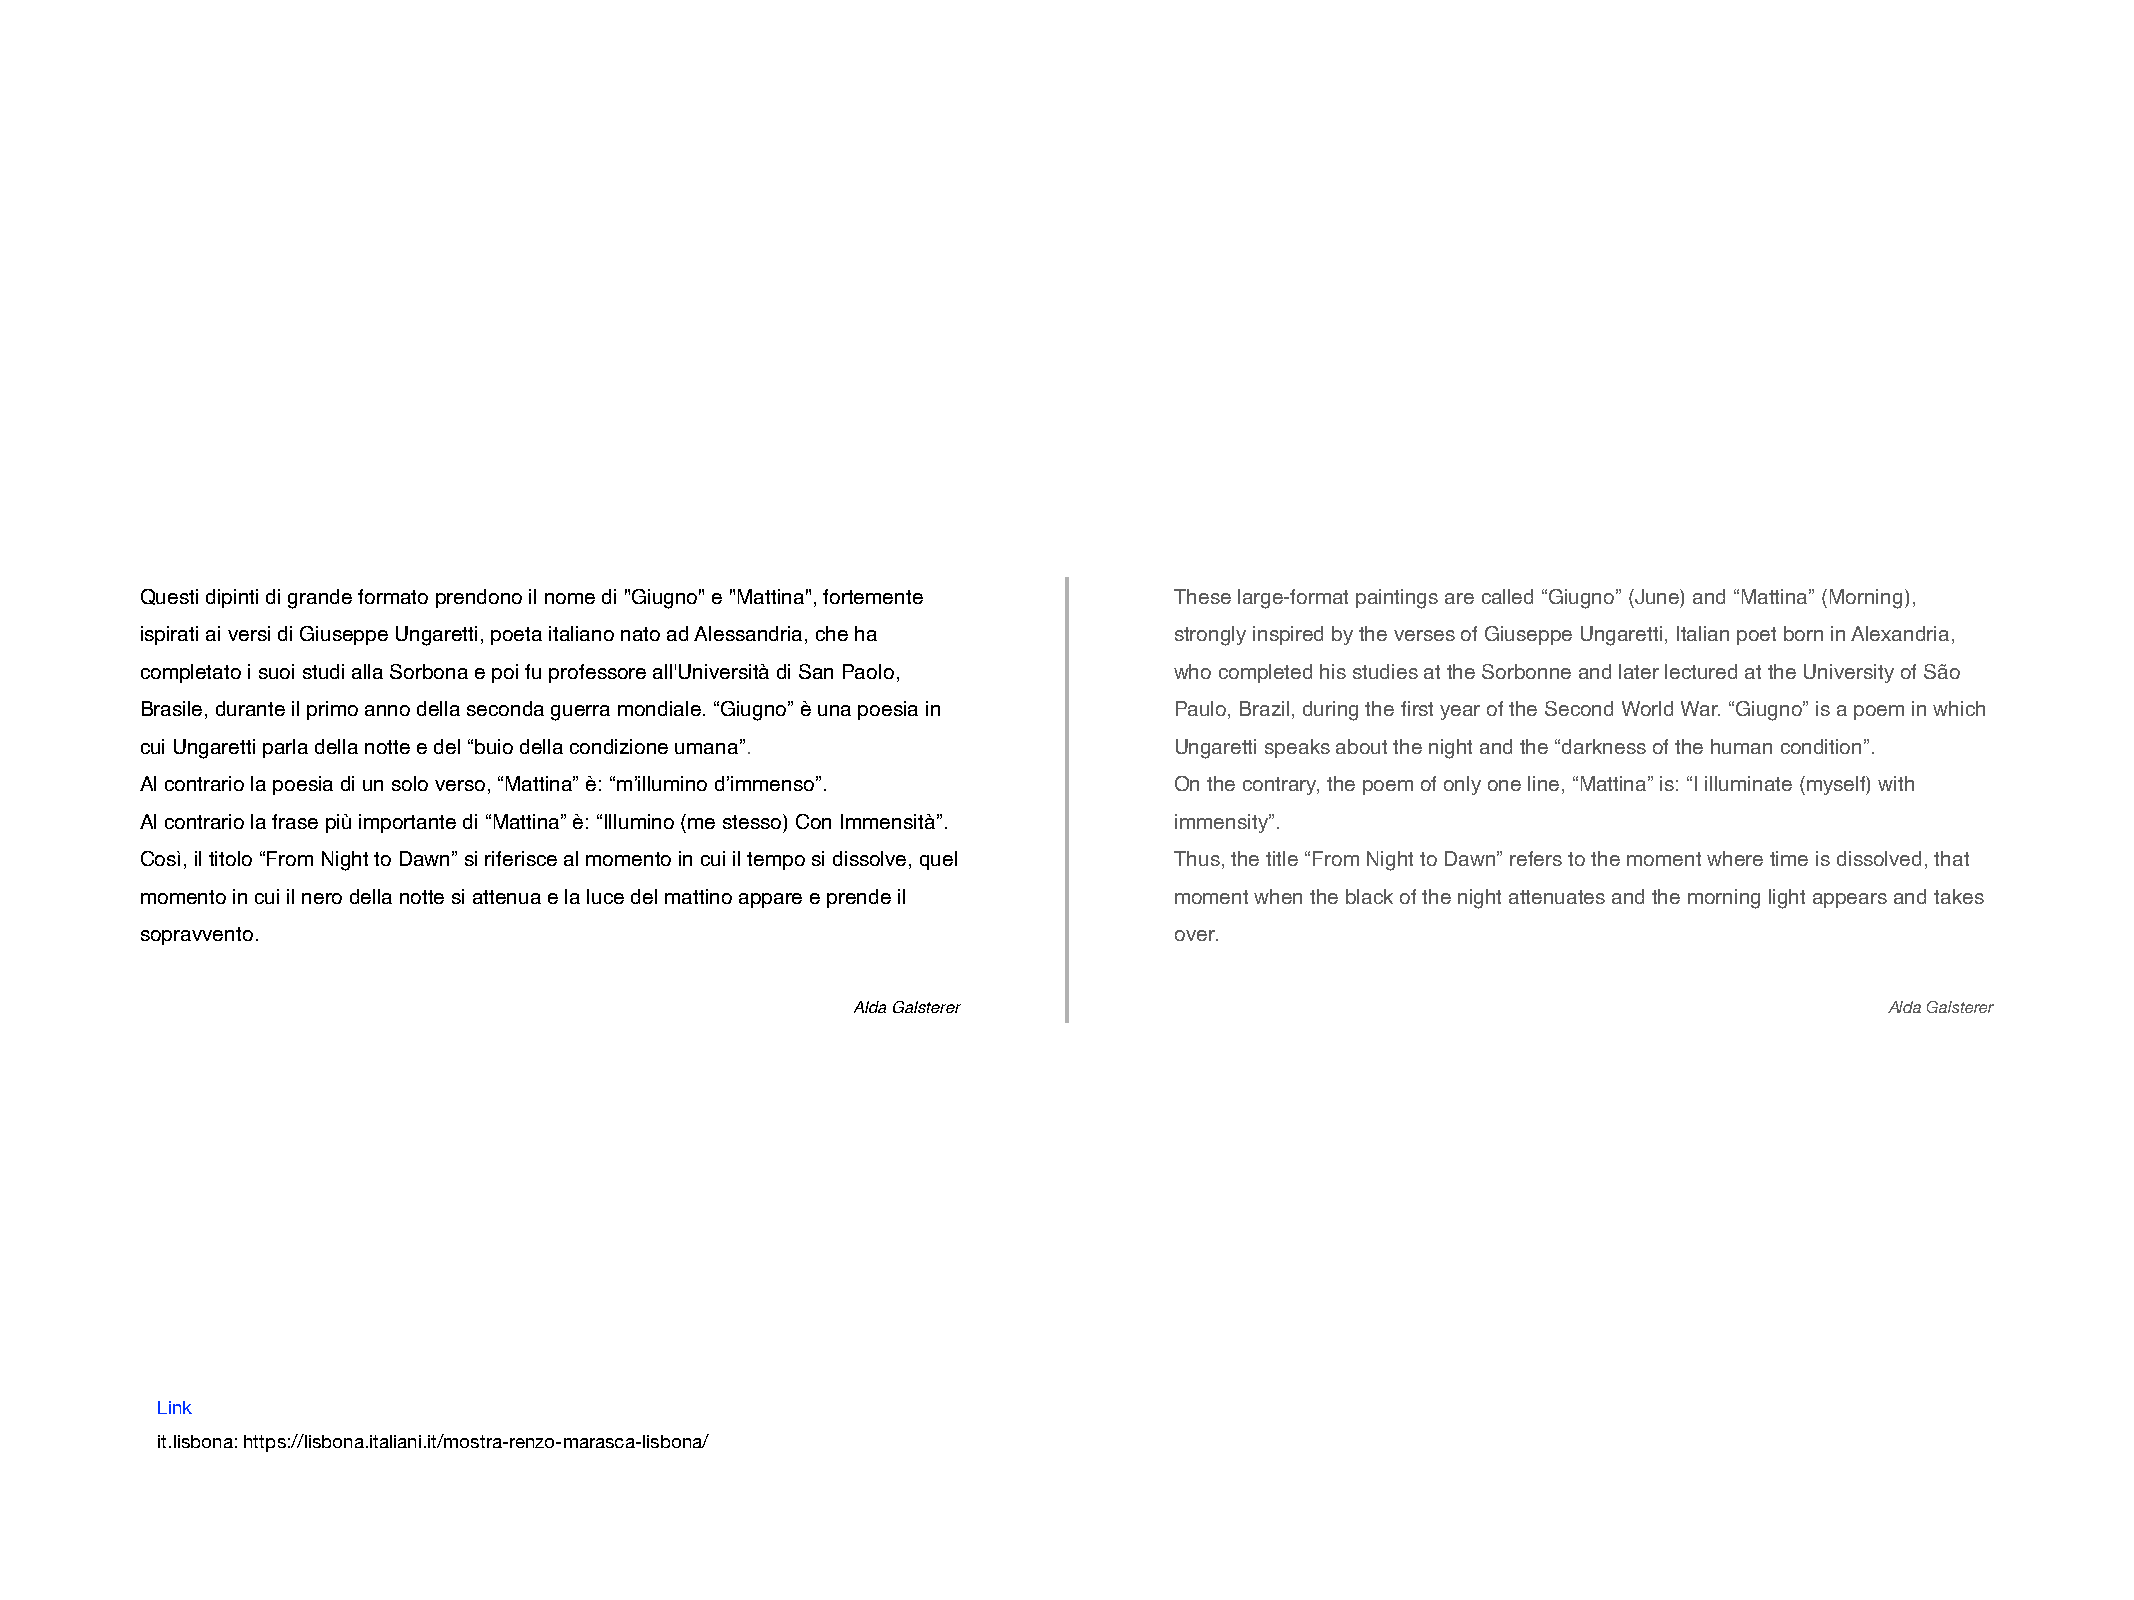
Questi dipinti di grande formato prendono il nome di "Giugno" e "Mattina", fortemente These large-format paintings are called “Giugno” (June) and “Mattina” (Morning),
 ispirati ai versi di Giuseppe Ungaretti, poeta italiano nato ad Alessandria, che ha strongly inspired by the verses of Giuseppe Ungaretti, Italian poet born in Alexandria,
 completato i suoi studi alla Sorbona e poi fu professore all'Università di San Paolo, who completed his studies at the Sorbonne and later lectured at the University of São
 Brasile, durante il primo anno della seconda guerra mondiale. “Giugno” è una poesia in Paulo, Brazil, during the first year of the Second World War. “Giugno” is a poem in which
 cui Ungaretti parla della notte e del “buio della condizione umana”. Ungaretti speaks about the night and the “darkness of the human condition”.
 Al contrario la poesia di un solo verso, “Mattina” è: “m’illumino d’immenso”. On the contrary, the poem of only one line, “Mattina” is: “I illuminate (myself) with
 Al contrario la frase più importante di “Mattina” è: “Illumino (me stesso) Con Immensità”. immensity”.
 Così, il titolo “From Night to Dawn” si riferisce al momento in cui il tempo si dissolve, quel Thus, the title “From Night to Dawn” refers to the moment where time is dissolved, that
 momento in cui il nero della notte si attenua e la luce del mattino appare e prende il moment when the black of the night attenuates and the morning light appears and takes
 sopravvento.                                                         over.
 Alda Galsterer                                                       Alda Galsterer
 Link
 it.lisbona: https://lisbona.italiani.it/mostra-renzo-marasca-lisbona/